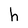
Character: h